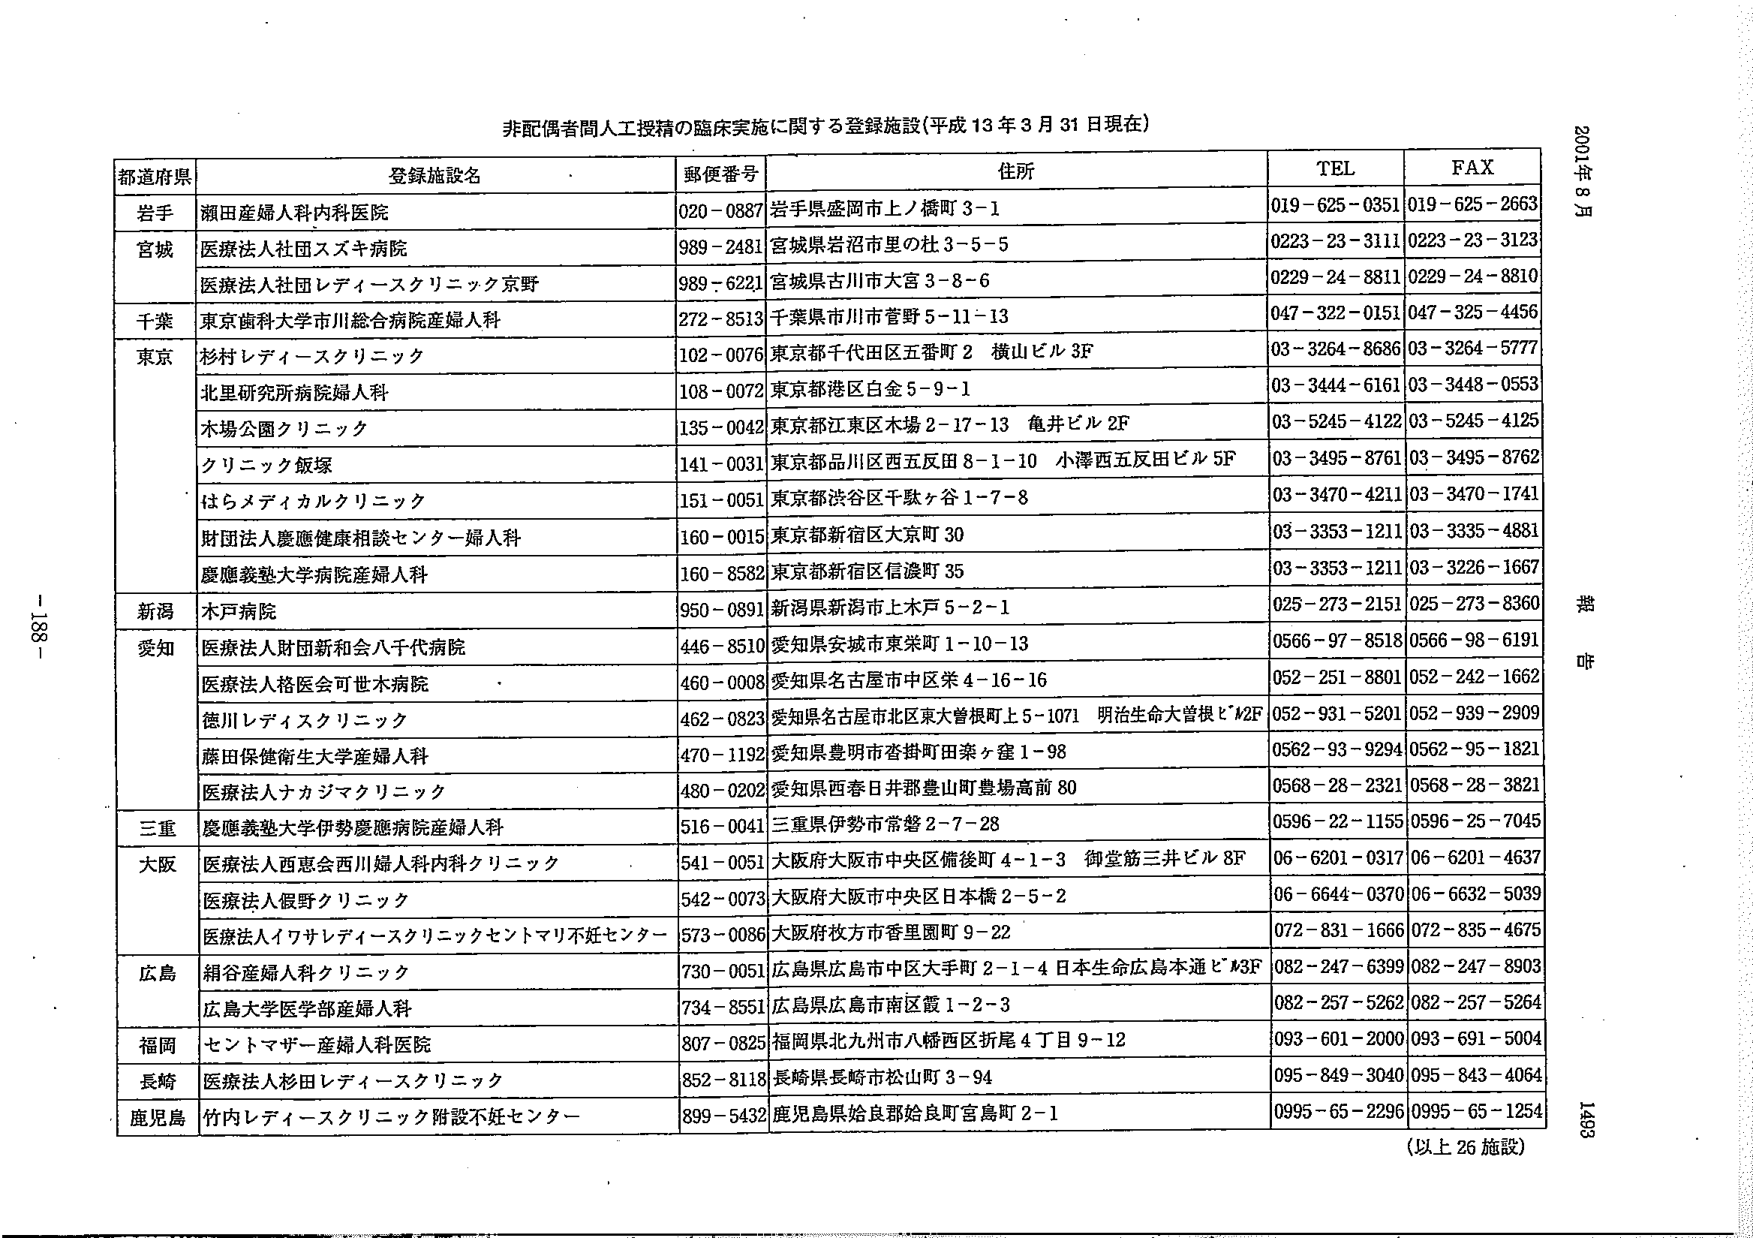
非配偶者間人工授精の臨床実施に関する登録施設（平成13年3月31日現在）

都道府県 登録施設名 郵便番号 住所 TEL FAX

岩手 瀬田産婦人科内科医院 020-0887 岩手県盛岡市上ノ橋町3-1 019-625-0351 019-625-2663

宮城 医療法人社団スズキ病院 989-2481 宮城県岩沼市里の杜3-5-5 0223-23-3111 0223-23-3123

医療法人社団レディースクリニック京野 989-6221 宮城県古川市大宮3-8-6 0229-24-8811 0229-24-8810

千葉 東京歯科大学市川総合病院産婦人科 272-8513 千葉県市川市菅野5-11-13 047-322-0151 047-325-4456

東京 杉村レディースクリニック 102-0076 東京都千代田区五番町2 横山ビル3F 03-3264-8686 03-3264-5777

北里研究所病院婦人科 108-0072 東京都港区白金5-9-1 03-3444-6161 03-3448-0553

木場公園クリニック 135-0042 東京都江東区木場2-17-13 亀井ビル2F 03-5245-4122 03-5245-4125

クリニック飯塚 141-0031 東京都品川区西五反田8-1-10 小澤西五反田ビル5F 03-3495-8761 03-3495-8762

はらメディカルクリニック 151-0051 東京都渋谷区千駄ヶ谷1-7-8 03-3470-4211 03-3470-1741

財団法人慶應健康相談センター婦人科 160-0015 東京都新宿区大京町30 03-3353-1211 03-3335-4881

慶應義塾大学病院産婦人科 160-8582 東京都新宿区信濃町35 03-3353-1211 03-3226-1667

新潟 木戸病院 950-0891 新潟県新潟市上木戸5-2-1 025-273-2151 025-273-8360

愛知 医療法人財団新和会八千代病院 446-8510 愛知県安城市東栄町1-10-13 0566-97-8518 0566-98-6191

医療法人格医会可世木病院 460-0008 愛知県名古屋市中区栄4-16-16 052-251-8801 052-242-1662

徳川レディスクリニック 462-0823 愛知県名古屋市北区東大曽根町上5-1071 明治生命大曽根ビル2F 052-931-5201 052-939-2909

藤田保健衛生大学産婦人科 470-1192 愛知県豊明市沓掛町田楽ヶ窪1-98 0562-93-9294 0562-95-1821

医療法人ナカジマクリニック 480-0202 愛知県西春日井郡豊山町豊場高前80 0568-28-2321 0568-28-3821

三重 慶應義塾大学伊勢慶應病院産婦人科 516-0041 三重県伊勢市常磐2-7-28 0596-22-1155 0596-25-7045

大阪 医療法人西恵会西川婦人科内科クリニック 541-0051 大阪府大阪市中央区備後町4-1-3 御堂筋三井ビル8F 06-6201-0317 06-6201-4637

医療法人銀野クリニック 542-0073 大阪府大阪市中央区日本橋2-5-2 06-6644-0370 06-6632-5039

医療法人イワサレディースクリニックセントマリ不妊センター 573-0086 大阪府枚方市香里園町9-22 072-831-1666 072-835-4675

広島 絹谷産婦人科クリニック 730-0051 広島県広島市中区大手町2-1-4 日本生命広島本通ビル3F 082-247-6399 082-247-8903

広島大学医学部産婦人科 734-8551 広島県広島市南区霞1-2-3 082-257-5262 082-257-5264

福岡 セントマザー産婦人科医院 807-0825 福岡県北九州市八幡西区折尾4丁目9-12 093-601-2000 093-691-5004

長崎 医療法人杉田レディースクリニック 852-8118 長崎県長崎市松山町3-94 095-849-3040 095-843-4064

鹿児島 竹内レディースクリニック附設不妊センター 899-5432 鹿児島県姶良郡姶良町宮島町2-1 0995-65-2296 0995-65-1254

（以上26施設）

2001年8月
-188-
1493